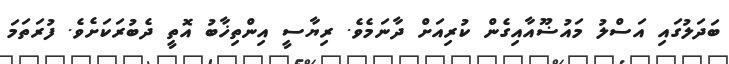
ބަދަލުގައި އަސްލު މައުޟޫއާއިގެން ކުރިއަށް ދާނަމެވެ. ރިޔާސީ އިންތިޚާބު އޮތީ ދެބުރަކަށެވެ. ފުރަތަމަ